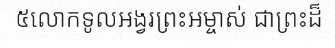
៥លោកទូលអង្វរព្រះអម្ចាស់ ជាព្រះដ៏